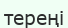
тереңі